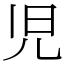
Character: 児